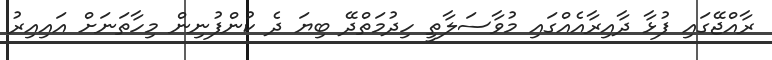
ރާއްޖޭގައި ފުޅާ ދާއިރާއެއްގައި މުވާސަލާތީ ހިދުމަތްދޭ ބިޔަ ދެ ކުންފުނިން މިހާތަނަށް އައިއިރު